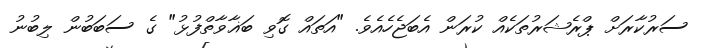
ސަރުކާރަށް ޕްރެޝަރުތަކެއް ކުރަން އެބަޖެހެއެވެ. "އަތައް ގޮވި ބަޣާވާތްފުޅު" ގެ ސަބަބުން ލިބުނު